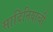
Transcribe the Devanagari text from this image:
सार्दिनियाची